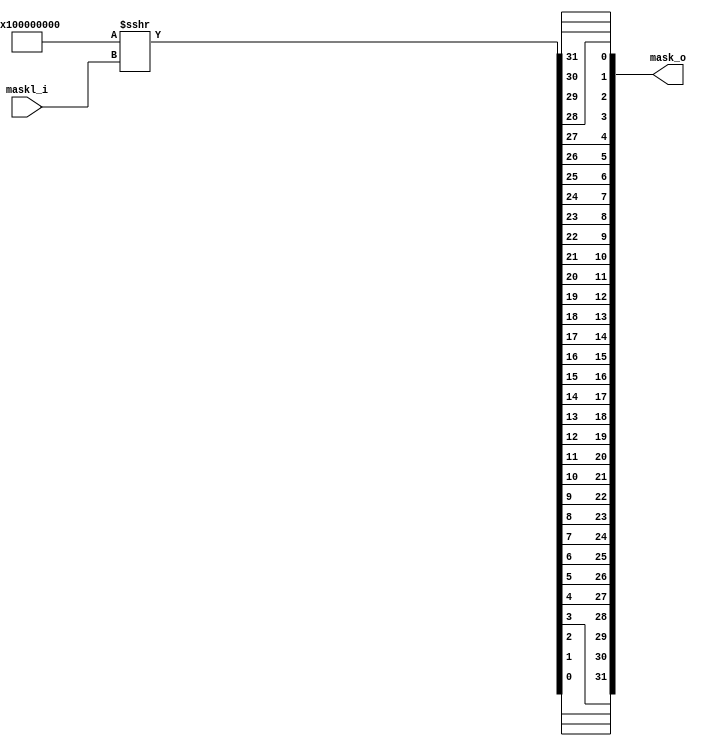
// This program was cloned from: https://github.com/esda-inesc-id/pt-float
// License: MIT License

`timescale 1ns / 1ps

module iob_mask
  #(
    parameter DATA_W = 32
    )
   (
    input [DATA_W-1:0]      maskl_i,
    output reg [DATA_W-1:0] mask_o 
    );

   wire [DATA_W:0]          mask_inv;
   assign mask_inv = $signed({1'b1, {(DATA_W){1'b0}}}) >>> maskl_i;

   integer              i;
   always @* begin
      for (i=0; i < DATA_W; i=i+1) begin
         mask_o[i] = mask_inv[DATA_W-i-1];
      end
   end

endmodule